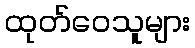
ထုတ်ဝေသူများ